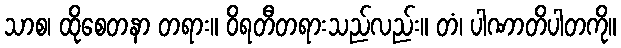
သာစ၊ ထိုစေတနာ တရား။ ဝိရတီတရားသည်လည်း။ တံ၊ ပါဏာတိပါတကို။